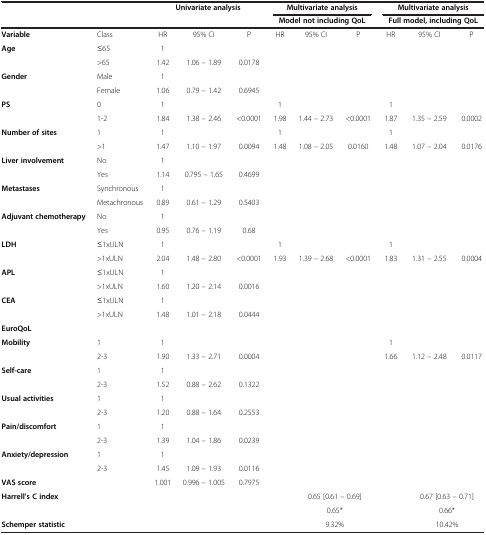
<table><thead><tr><td rowspan="2"><b> </b></td><td rowspan="2"><b> </b></td><td rowspan="2" colspan="3"><b>Univariate analysis</b></td><td colspan="3"><b>Multivariate analysis</b></td><td colspan="3"><b>Multivariate analysis</b></td></tr><tr><td colspan="3"><b>Model not including QoL</b></td><td colspan="3"><b>Full model, including QoL</b></td></tr></thead><tbody><tr><td><b>Variable</b></td><td>Class</td><td>HR</td><td>95% CI</td><td>P</td><td>HR</td><td>95% CI</td><td>P</td><td>HR</td><td>95% CI</td><td>P</td></tr><tr><td><b>Age</b></td><td>≤65</td><td>1</td><td> </td><td> </td><td> </td><td> </td><td> </td><td> </td><td> </td><td> </td></tr><tr><td> </td><td>&gt;65</td><td>1.42</td><td>1.06 – 1.89</td><td>0.0178</td><td> </td><td> </td><td> </td><td> </td><td> </td><td> </td></tr><tr><td><b>Gender</b></td><td>Male</td><td>1</td><td> </td><td> </td><td> </td><td> </td><td> </td><td> </td><td> </td><td> </td></tr><tr><td> </td><td>Female</td><td>1.06</td><td>0.79 – 1.42</td><td>0.6945</td><td> </td><td> </td><td> </td><td> </td><td> </td><td> </td></tr><tr><td><b>PS</b></td><td>0</td><td>1</td><td> </td><td> </td><td>1</td><td> </td><td> </td><td>1</td><td> </td><td> </td></tr><tr><td> </td><td>1-2</td><td>1.84</td><td>1.38 – 2.46</td><td>&lt;0.0001</td><td>1.98</td><td>1.44 – 2.73</td><td>&lt;0.0001</td><td>1.87</td><td>1.35 – 2.59</td><td>0.0002</td></tr><tr><td><b>Number of sites</b></td><td>1</td><td>1</td><td> </td><td> </td><td>1</td><td> </td><td> </td><td>1</td><td> </td><td> </td></tr><tr><td> </td><td>&gt;1</td><td>1.47</td><td>1.10 – 1.97</td><td>0.0094</td><td>1.48</td><td>1.08 – 2.05</td><td>0.0160</td><td>1.48</td><td>1.07 – 2.04</td><td>0.0176</td></tr><tr><td><b>Liver involvement</b></td><td>No</td><td>1</td><td> </td><td> </td><td> </td><td> </td><td> </td><td> </td><td> </td><td> </td></tr><tr><td> </td><td>Yes</td><td>1.14</td><td>0.795 – 1.65</td><td>0.4699</td><td> </td><td> </td><td> </td><td> </td><td> </td><td> </td></tr><tr><td><b>Metastases</b></td><td>Synchronous</td><td>1</td><td> </td><td> </td><td> </td><td> </td><td> </td><td> </td><td> </td><td> </td></tr><tr><td> </td><td>Metachronous</td><td>0.89</td><td>0.61 – 1.29</td><td>0.5403</td><td> </td><td> </td><td> </td><td> </td><td> </td><td> </td></tr><tr><td><b>Adjuvant chemotherapy</b></td><td>No</td><td>1</td><td> </td><td> </td><td> </td><td> </td><td> </td><td> </td><td> </td><td> </td></tr><tr><td> </td><td>Yes</td><td>0.95</td><td>0.76 – 1.19</td><td>0.68</td><td> </td><td> </td><td> </td><td> </td><td> </td><td> </td></tr><tr><td><b>LDH</b></td><td>≤1xULN</td><td>1</td><td> </td><td> </td><td>1</td><td> </td><td> </td><td>1</td><td> </td><td> </td></tr><tr><td> </td><td>&gt;1xULN</td><td>2.04</td><td>1.48 – 2.80</td><td>&lt;0.0001</td><td>1.93</td><td>1.39 – 2.68</td><td>&lt;0.0001</td><td>1.83</td><td>1.31 – 2.55</td><td>0.0004</td></tr><tr><td><b>APL</b></td><td>≤1xULN</td><td>1</td><td> </td><td> </td><td> </td><td> </td><td> </td><td> </td><td> </td><td> </td></tr><tr><td> </td><td>&gt;1xULN</td><td>1.60</td><td>1.20 – 2.14</td><td>0.0016</td><td> </td><td> </td><td> </td><td> </td><td> </td><td> </td></tr><tr><td><b>CEA</b></td><td>≤1xULN</td><td>1</td><td> </td><td> </td><td> </td><td> </td><td> </td><td> </td><td> </td><td> </td></tr><tr><td> </td><td>&gt;1xULN</td><td>1.48</td><td>1.01 – 2.18</td><td>0.0444</td><td> </td><td> </td><td> </td><td> </td><td> </td><td> </td></tr><tr><td><b>EuroQoL</b></td><td> </td><td> </td><td> </td><td> </td><td> </td><td> </td><td> </td><td> </td><td> </td><td> </td></tr><tr><td><b>Mobility</b></td><td>1</td><td>1</td><td> </td><td> </td><td> </td><td> </td><td> </td><td>1</td><td> </td><td> </td></tr><tr><td> </td><td>2-3</td><td>1.90</td><td>1.33 – 2.71</td><td>0.0004</td><td> </td><td> </td><td> </td><td>1.66</td><td>1.12 – 2.48</td><td>0.0117</td></tr><tr><td><b>Self-care</b></td><td>1</td><td>1</td><td> </td><td> </td><td> </td><td> </td><td> </td><td> </td><td> </td><td> </td></tr><tr><td> </td><td>2-3</td><td>1.52</td><td>0.88 – 2.62</td><td>0.1322</td><td> </td><td> </td><td> </td><td> </td><td> </td><td> </td></tr><tr><td><b>Usual activities</b></td><td>1</td><td>1</td><td> </td><td> </td><td> </td><td> </td><td> </td><td> </td><td> </td><td> </td></tr><tr><td> </td><td>2-3</td><td>1.20</td><td>0.88 – 1.64</td><td>0.2553</td><td> </td><td> </td><td> </td><td> </td><td> </td><td> </td></tr><tr><td><b>Pain/discomfort</b></td><td>1</td><td>1</td><td> </td><td> </td><td> </td><td> </td><td> </td><td> </td><td> </td><td> </td></tr><tr><td> </td><td>2-3</td><td>1.39</td><td>1.04 – 1.86</td><td>0.0239</td><td> </td><td> </td><td> </td><td> </td><td> </td><td> </td></tr><tr><td><b>Anxiety/depression</b></td><td>1</td><td>1</td><td> </td><td> </td><td> </td><td> </td><td> </td><td> </td><td> </td><td> </td></tr><tr><td> </td><td>2-3</td><td>1.45</td><td>1.09 – 1.93</td><td>0.0116</td><td> </td><td> </td><td> </td><td> </td><td> </td><td> </td></tr><tr><td><b>VAS score</b></td><td> </td><td>1.001</td><td>0.996 – 1.005</td><td>0.7975</td><td> </td><td> </td><td> </td><td> </td><td> </td><td> </td></tr><tr><td rowspan="2" colspan="2"><b>Harrell’s C index</b></td><td rowspan="2"> </td><td rowspan="2"> </td><td rowspan="2"> </td><td rowspan="2"> </td><td colspan="2">0.65 [0.61 – 0.69]</td><td rowspan="2"> </td><td colspan="2">0.67 [0.63 – 0.71]</td></tr><tr><td colspan="2">0.65*</td><td colspan="2">0.66*</td></tr><tr><td colspan="2"><b>Schemper statistic</b></td><td> </td><td> </td><td> </td><td> </td><td colspan="2">9.32%</td><td> </td><td colspan="2">10.42%</td></tr></tbody></table>